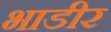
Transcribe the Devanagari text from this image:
भाडीर